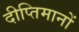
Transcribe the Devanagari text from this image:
दीप्तिमानों